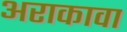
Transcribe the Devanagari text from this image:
अराकावा